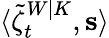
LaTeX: \langle\tilde{\zeta}_{t}^{W|K},\mathbf{s}\rangle